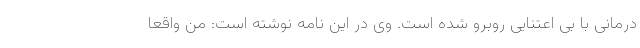
درمانی با بی اعتنایی روبرو شده است. وی در این نامه نوشته است: من واقعا